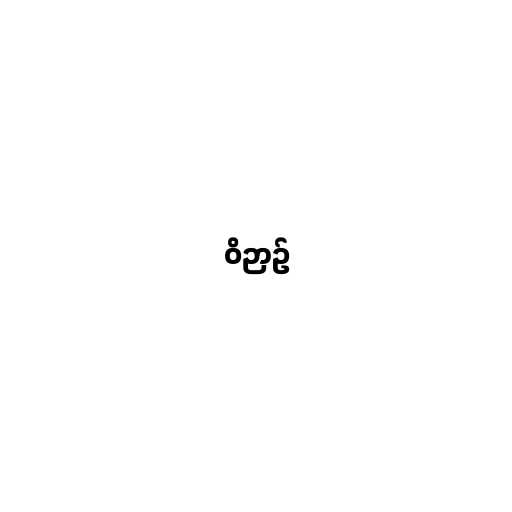
ဝိဉာဥ်